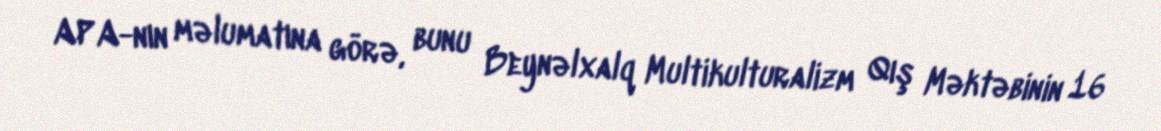
APA-nın məlumatına görə, bunu Beynəlxalq Multikulturalizm Qış Məktəbinin 16